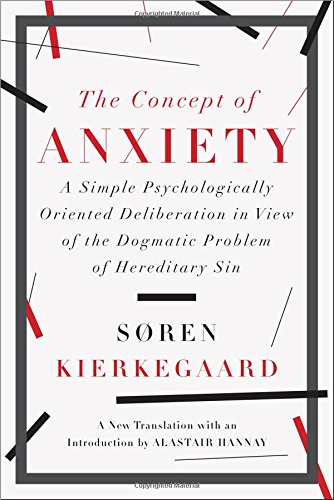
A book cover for The Concept of Anxiety: A Simple Psychologically Oriented Deliberation in View of the Dogmatic Problem of Hereditary Sin; Soren Kierkegaard; Christian Books & Bibles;